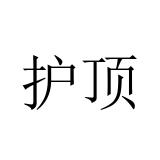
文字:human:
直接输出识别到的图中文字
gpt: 护顶